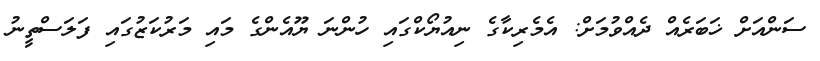
ސަންއަށް ޚަބަރެއް ދެއްވުމަށް: އެމެރިކާގެ ނިއުޔޯކްގައި ހުންނަ ޔޫއެންގެ މައި މަރުކަޒުގައި ފަލަސްތީނު